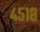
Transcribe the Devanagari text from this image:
४५१८